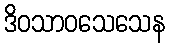
ဒိဝသာဝသေသေန